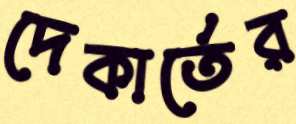
দেকার্তের